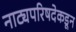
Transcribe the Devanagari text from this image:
नाट्यपरिषदेकडून